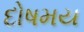
દોષમય